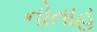
નોતાહ